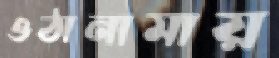
ওঠানামায়